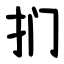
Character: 扪